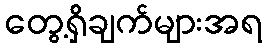
တွေ့ရှိချက်များအရ